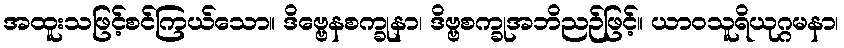
အထူးသဖြင့်စင်ကြယ်သော။ ဒိဗ္ဗေနစက္ခုနာ၊ ဒိဗ္ဗစက္ခုအဘိညဉ်ဖြင့်။ ယာဝသူရိယုဂ္ဂမနာ၊